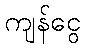
ကျန်ငွေ